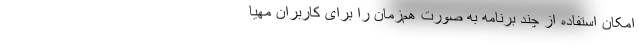
امکان استفاده از چند برنامه به صورت هم‌زمان را برای کاربران مهیا